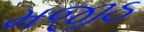
મજીઠ